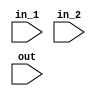
module or_imp(input in_1, //first input to or gate
			   input in_2, //second input to or gate
			   input out); // output of or gate
			   
	assign out = in_1 | in_2;

endmodule